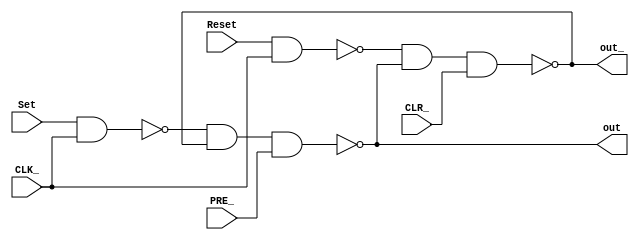
/*
SR Flip-Flop with  Preset and Clear
*/
module SRFF (
    out, 
    out_,
    Set,
    Reset,
    CLR_,
    PRE_,
    CLK_ // Clock
);
    output out , out_ ;
    input Set , Reset , PRE_ , CLR_ , CLK_;
    // Level 1 
    nand(w1,Set,CLK_);
    nand(w2,Reset,CLK_);
    // Level 2 
    nand(out,w1,out_,PRE_);
    nand(out_,w2,out,CLR_);
    
endmodule